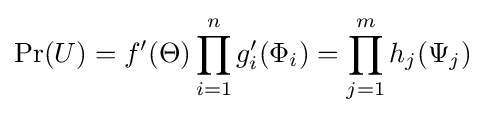
\Pr(U)=f'(\Theta )\prod _{i=1}^{n}g'_{i}(\Phi _{i})=\prod _{j=1}^{m}h_{j}(\Psi _{j})